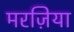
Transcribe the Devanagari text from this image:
मरज़िया